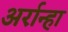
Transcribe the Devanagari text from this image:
अर्रान्हा